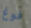
فوغ